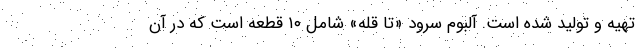
تهیه و تولید شده است. آلبوم سرود «تا قله» شامل ۱۰ قطعه است که در آن